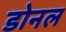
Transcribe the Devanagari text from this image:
डोनल